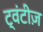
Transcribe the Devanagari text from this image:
ट्वंटीज़